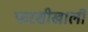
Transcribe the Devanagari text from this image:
फरशीखाली